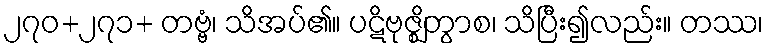
၂၇၀+၂၇၁+ တဗ္ဗံ၊ သိအပ်၏။ ပဋိဗုဇ္ဈိတွာစ၊ သိပြီး၍လည်း။ တဿ၊